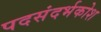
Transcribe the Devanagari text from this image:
पदसंदर्भकोश